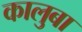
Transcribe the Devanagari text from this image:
कालुबा